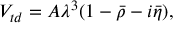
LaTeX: V _ { t d } = A \lambda ^ { 3 } ( 1 - \bar { \rho } - i \bar { \eta } ) ,